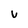
Character: v